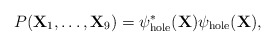
\begin{align*}P({\bf X}_1,\ldots,{\bf X}_9) = \psi^*_{\rm hole}({\bf X})\psi_{\rm hole}({\bf X}),\end{align*}